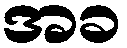
အခ